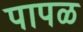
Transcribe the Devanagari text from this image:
पापळ